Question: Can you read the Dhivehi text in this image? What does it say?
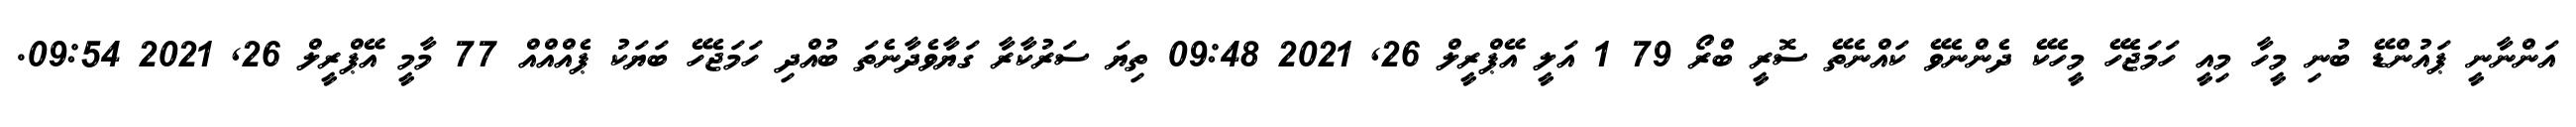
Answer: އަންނާނީ ޕައުންޑޭ ބުނި މީހާ މިއީ ހަމަޖެހޭ މީހެކޭ ދެންނެވޭ ކައްނެތޭ ސޮރީ ބްރޯ 79 1 އަލީ އޭޕްރީލް 26, 2021 09:48 ތިޔަ ސަރުކާރާ ގަޔާވެދާނެތަ ބުއްދި ހަމަޖެހޭ ބަޔަކު ޕެއްއްއް 77 މާމީ އޭޕްރީލް 26, 2021 09:54.